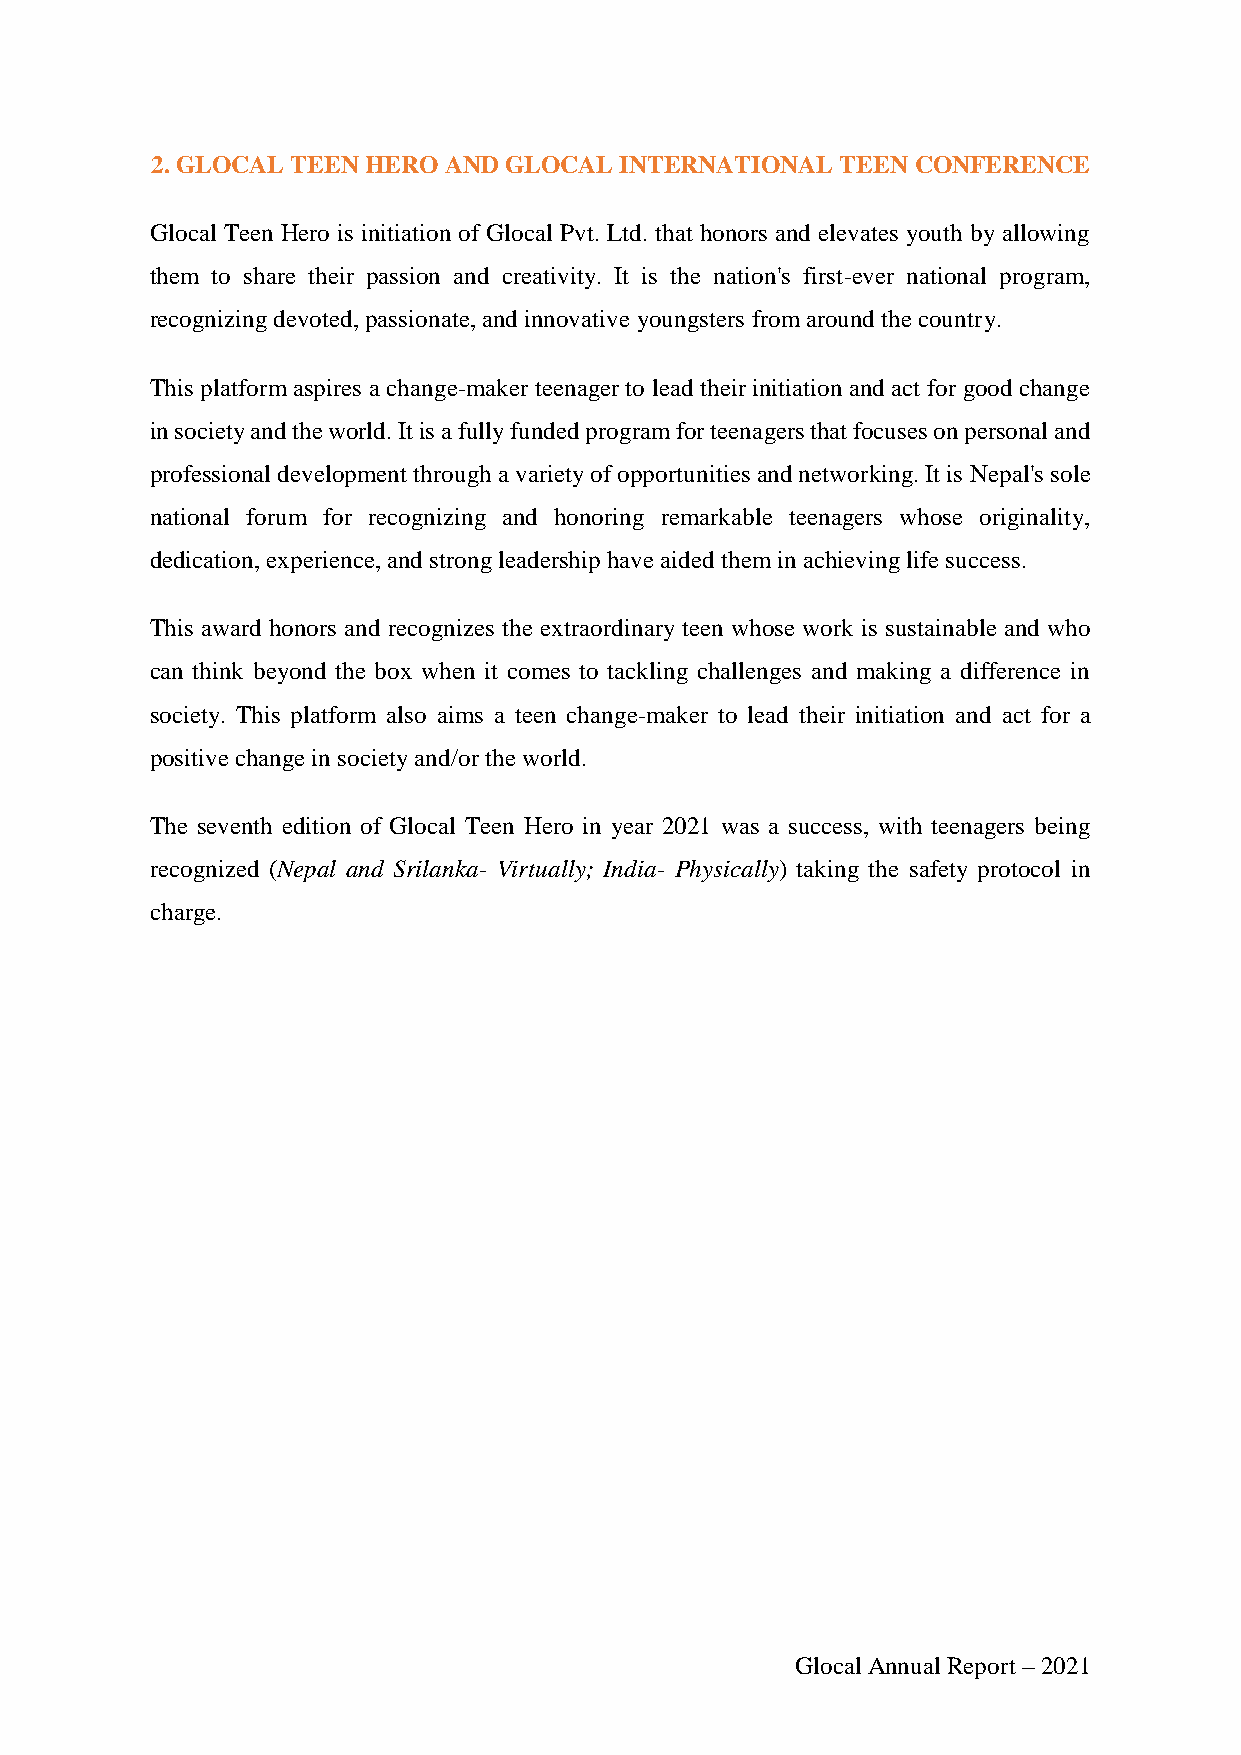
2. GLOCAL TEEN HERO AND GLOCAL INTERNATIONAL  TEEN CONFERENCE
 Glocal Teen Hero is initiation of Glocal Pvt. Ltd. that honors and elevates youth by allowing
 them to share their passion and creativity. It is the nation's first-ever national program,
 recognizing devoted, passionate, and innovative youngsters from around the country.
 This platform aspires a change-maker teenager to lead their initiation and act for good change
 in society and the world. It is a fully funded program for teenagers that focuses on personal and
 professional development through a variety of opportunities and networking. It is Nepal's sole
 national forum for recognizing and honoring remarkable teenagers whose originality,
 dedication, experience, and strong leadership have aided them in achieving life success.
 This award honors and recognizes the extraordinary teen whose work is sustainable and who
 can think beyond the box when it comes to tackling challenges and making a difference in
 society. This platform also aims a teen change-maker to lead their initiation and act for a
 positive change in society and/or the world.
 The seventh edition of Glocal Teen Hero in year 2021 was a success, with teenagers being
 recognized (Nepal and Srilanka- Virtually; India- Physically) taking the safety protocol in
 charge.
 Glocal Annual Report – 2021